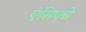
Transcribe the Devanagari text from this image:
एंसिएन्ने